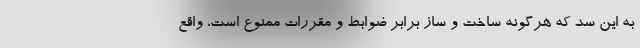
به این سد که هرگونه ساخت و ساز برابر ضوابط و مقررات ممنوع است، واقع